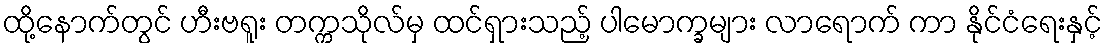
ထို့နောက်တွင် ဟီးဗရူး တက္ကသိုလ်မှ ထင်ရှားသည့် ပါမောက္ခများ လာရောက် ကာ နိုင်ငံရေးနှင့်